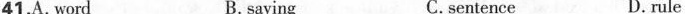
41.A. Word B.saying C. sentence D.rule